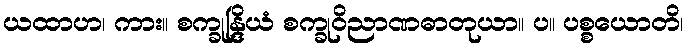
ယထာဟ၊ ကား။ စက္ခုန္ဒြိယံ စက္ခုဝိညာဏဓာတုယာ။ ပ။ ပစ္စယောတိ၊